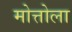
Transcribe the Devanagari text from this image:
मोत्तोला